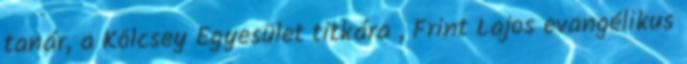
tanár, a Kölcsey Egyesület titkára , Frint Lajos evangélikus